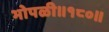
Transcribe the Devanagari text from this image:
भोपळी॥१८०॥